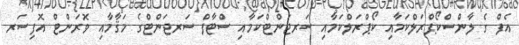
އެފް ގެ ލާންސްކޯޕްރަލްކަމާއި ކޯޕްރަލްކަމާއި ސަރޖަންޓްކަމާއި ސްޓާފް ސަރޖަންޓްގެ މަޤާމާއި ވޮރަންޓް އޮފިސަރ